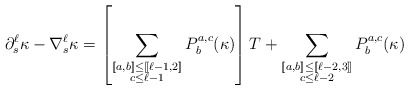
\begin{align*}\partial_{s}^{\ell}\kappa - \nabla_{s}^{\ell} \kappa =\left[\sum_{\substack{[\![a,b]\!] \leq [\![\ell-1,2]\!]\\ c\leq \ell-1}} P^{a,c}_{b} (\kappa) \right] T +\sum_{\substack{[\![a,b]\!] \leq [\![\ell-2,3]\!]\\ c\leq \ell-2}} P^{a,c}_{b} (\kappa) \end{align*}